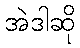
အဲဒါဆို